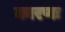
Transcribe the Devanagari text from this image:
कारणः